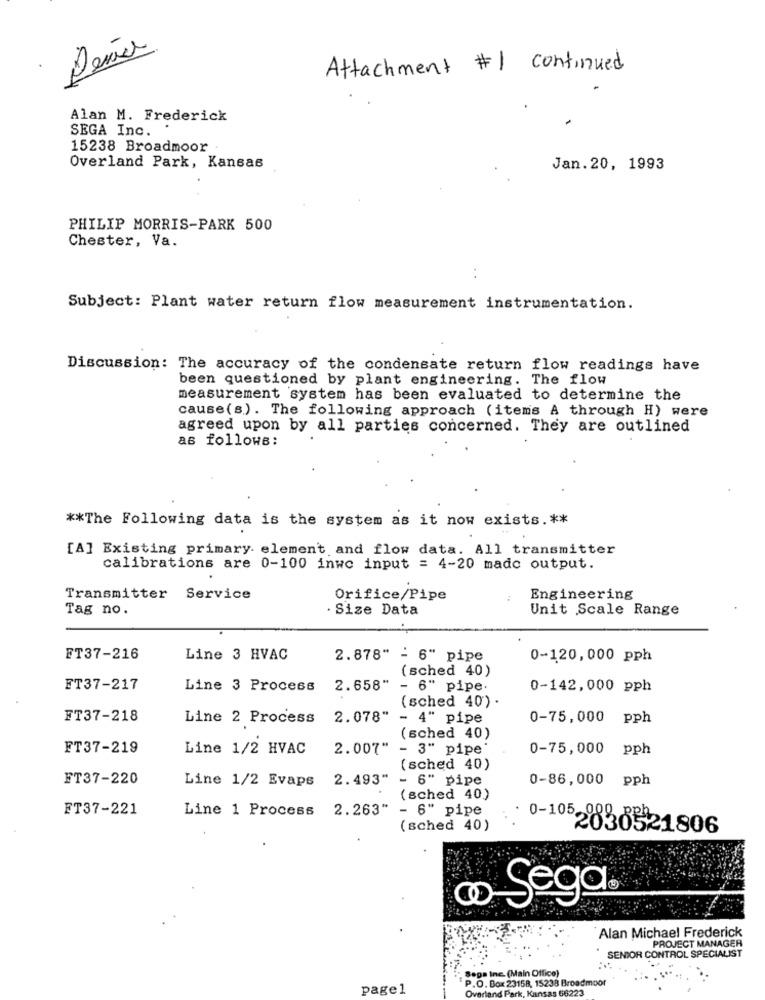
Attachment #1 continued
Alan M. Frederick
SEGA Inc.
15238 Broadmoor
Overland Park, Kansas
Jan.20, 1993
.
PHILIP MORRIS-PARK 500
Chester, Va.
Subject: Plant water return flow measurement instrumentation.
Discussion: The accuracy of the condensate return flow readings have
been questioned by plant engineering. The flow
measurement system has been evaluated to determine the
cause(s). The following approach (items A through H) were
agreed upon by all parties concerned. They are outlined
as follows:
** The Following data is the system as it now exists. **
[A] Existing primary. elemen't and flow data. All transmitter
calibrations are 0-100 inwo input = 4-20 made output.
Transmitter Service
Orifice/Pipe
Engineering
Tag no.
· Size Data
Unit Scale Range
FT37-216
Line 3 HVAC
2.878" - 6" pipe
0-120,000 pph
(sched 40)
FT37-217
Line 3 Process 2.658"
- 6" pipe.
0-142,000 pph
(sched 40) .
FT37-218
Line 2 Process
2.078"
- 4" pipe
0-75,000
pph
(sched 40)
FT37-219
Line 1/2 HVAC
2.007"
- 3" pipe
0-75,000
pph
(sched 40)
FT37-220
Line 1/2 Evaps 2.493" - 6" pipe
0-86,000
pph
(sched 40)
FT37-221
Line 1 Process 2.263"
- 6" pipe
0-105-089
(sched 40)
2030521806
Sega
Alan Michael Frederick
PROJECT MANAGER
SENIOR CONTROL SPECIALIST
Sepa Inc. (Main Office)
P.O. Box 23158, 15238 Broadmoor
page1
Overland Park, Kansas 66223